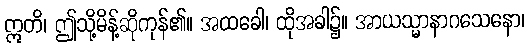
ဣတိ၊ ဤသို့မိန့်ဆိုကုန်၏။ အထခေါ၊ ထိုအခါ၌။ အာယသ္မာနာဂသေနော၊